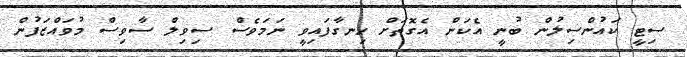
ސިޓީ ކައުންސިލުން ބުނީ އެކަން އެގޮތަށް ހިނގާފައިވީ ނަމަވެސް ސިވިލް ސާވިސް މުވައްޒަފުން